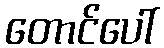
တောင်ပေါ်